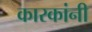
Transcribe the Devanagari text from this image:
कारकांनी